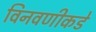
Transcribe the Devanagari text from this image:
विनवणीकडे